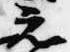
元